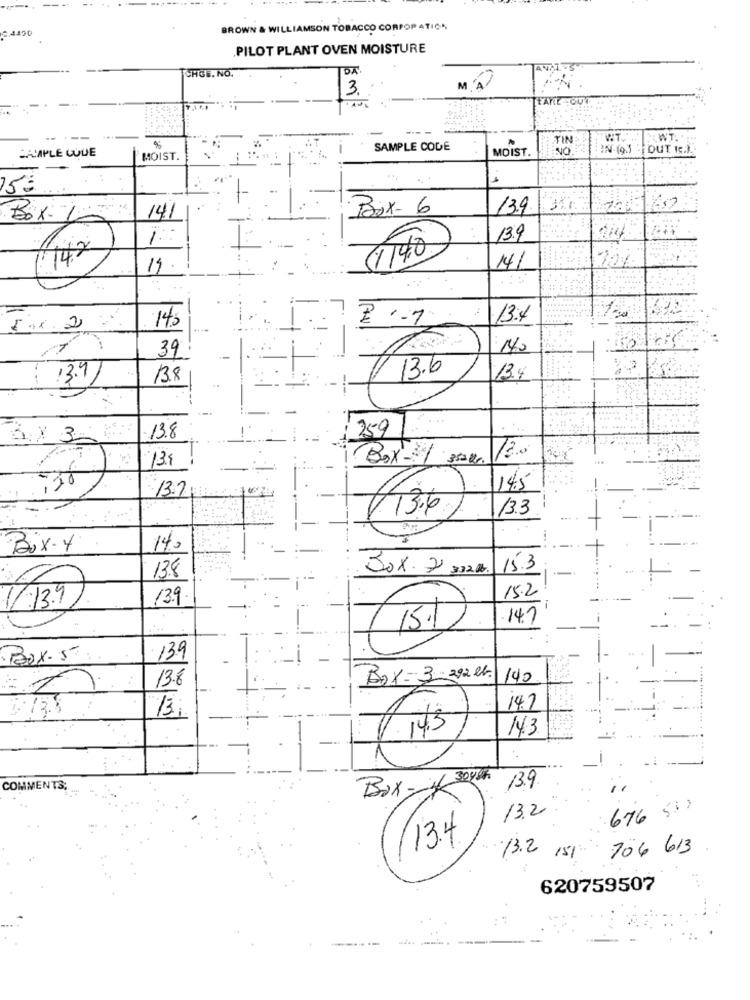
1450
BROWN & WILLIAMSON TOBACCO CORPORATION
PILOT PLANT OVEN MOISTURE
DA
CHGE. NO.
3
M. A.
WT ..
CASAPLE QUE
SAMPLE CODE
MOIST.
NO
OUT I ...
MOIST.
153
. ..
Box- 6
13.9
Box-
141
13.9
1148
70%
14/
14.5
13:4
5.1.2
39
$ 13.6
13.9)
13.8
13.4
: 259
3:× 3
13.8
13.0
13.4
Box-1.
38
13.2
145
-
13.3
Bix-4
140
Box. 7 832 db.
15.3
13.8
15.2
7:13.91
13.9
14.1
BOX.5
139
13.8
Box=3-292 lb.
140
-
13,
14.7
Box -1 304h
13.9
COMMENTS;
13.2
676 51
13.4
706 613
13.2 151
620759507